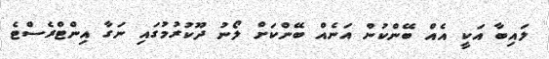
ލައިބާ އަކީ އެއް ބޭންކުން އަނެއް ބޭންކަށް ލޯނު ދޫކުރުމުގައި ނަގާ އިންޓްރެސްޓެ